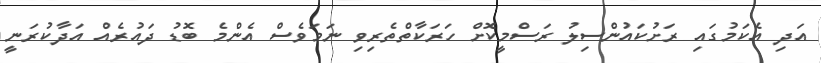
އަދި އެކަމުގައި ރަށުކައުންސިލު ރަސްމީކޮށް ހަރަކާތްތެރިވި ނަމަވެސް އެންމެ ބޮޑު ދައުރެއް އަދާކުރަނީ